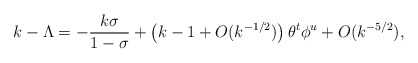
\begin{align*}k-\Lambda=-\frac{k\sigma}{1-\sigma}+\left(k-1+O(k^{-1/2})\right)\theta^t\phi^u+O(k^{-5/2}),\end{align*}